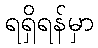
ရရှိရန်မှာ